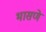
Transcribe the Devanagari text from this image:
भासणे